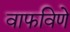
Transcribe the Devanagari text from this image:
वाफविणे